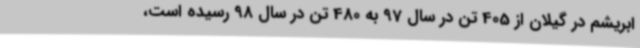
ابریشم در گیلان از 405 تن در سال 97 به 480 تن در سال 98 رسیده است،